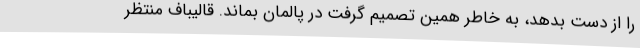
را از دست بدهد، به خاطر همین تصمیم گرفت در پالمان بماند. قالیباف منتظر